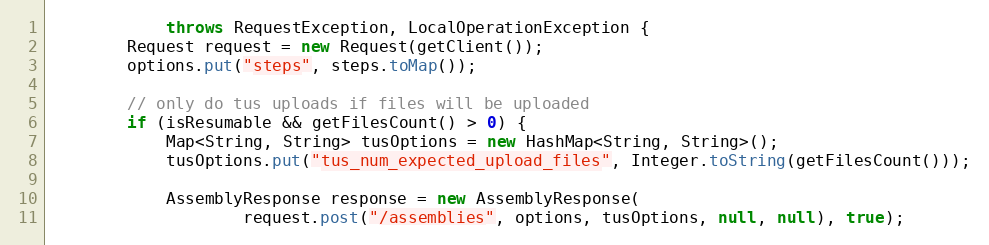
Language: Java
            throws RequestException, LocalOperationException {
        Request request = new Request(getClient());
        options.put("steps", steps.toMap());

        // only do tus uploads if files will be uploaded
        if (isResumable && getFilesCount() > 0) {
            Map<String, String> tusOptions = new HashMap<String, String>();
            tusOptions.put("tus_num_expected_upload_files", Integer.toString(getFilesCount()));

            AssemblyResponse response = new AssemblyResponse(
                    request.post("/assemblies", options, tusOptions, null, null), true);